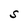
Character: S